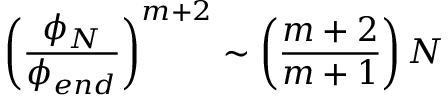
\left( \frac { \phi _ { N } } { \phi _ { e n d } } \right) ^ { m + 2 } \sim \left( \frac { m + 2 } { m + 1 } \right) N